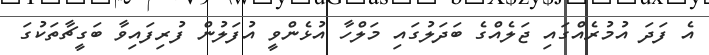
އެ ފަދަ އުމުރެއްގައި ޖަލެއްގެ ބަދަލުގައި މަލްހާ އުޅެންވީ އުފަލުން ފުރިފައިވާ ބަގީޗާތަކުގަ